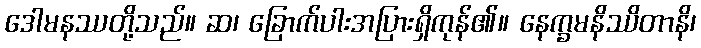
ဒေါမနဿတို့သည်။ ဆ၊ ခြောက်ပါးအပြားရှိကုန်၏။ နေက္ခမနိဿိတာနိ၊